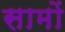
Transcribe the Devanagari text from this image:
सामों